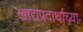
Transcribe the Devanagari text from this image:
खाद्यपदार्थाच्या